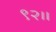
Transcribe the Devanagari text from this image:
९२।।